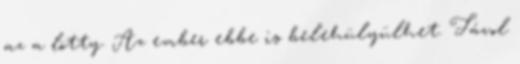
az a lötty. Az ember ebbe is belehülyülhet. Távol